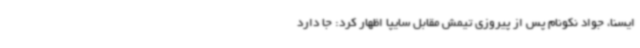
ایسنا، جواد نکونام پس از پیروزی تیمش مقابل سایپا اظهار کرد: جا دارد